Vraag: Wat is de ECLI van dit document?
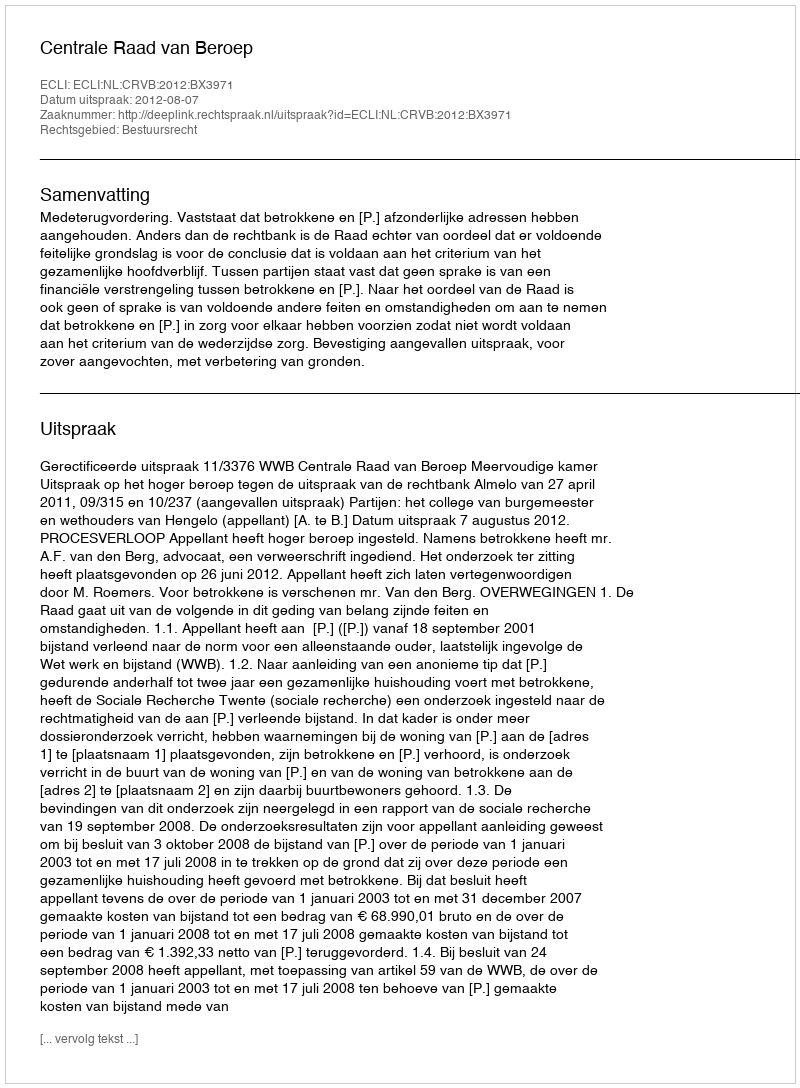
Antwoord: ECLI:NL:CRVB:2012:BX3971